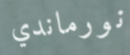
نورماندي